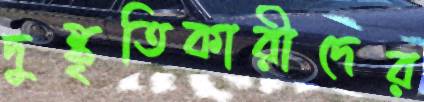
দুষ্কৃতিকারীদের